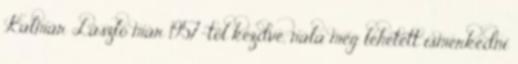
Kalmár László már 1957-től kezdve, nála meg lehetett ismerkedni